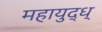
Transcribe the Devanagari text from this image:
महायुद्ध्